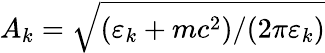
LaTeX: A_{k}=\sqrt{(\varepsilon_{k}+mc^{2})/(2\pi\varepsilon_{k})}